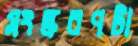
সংস্করণটা